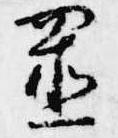
置